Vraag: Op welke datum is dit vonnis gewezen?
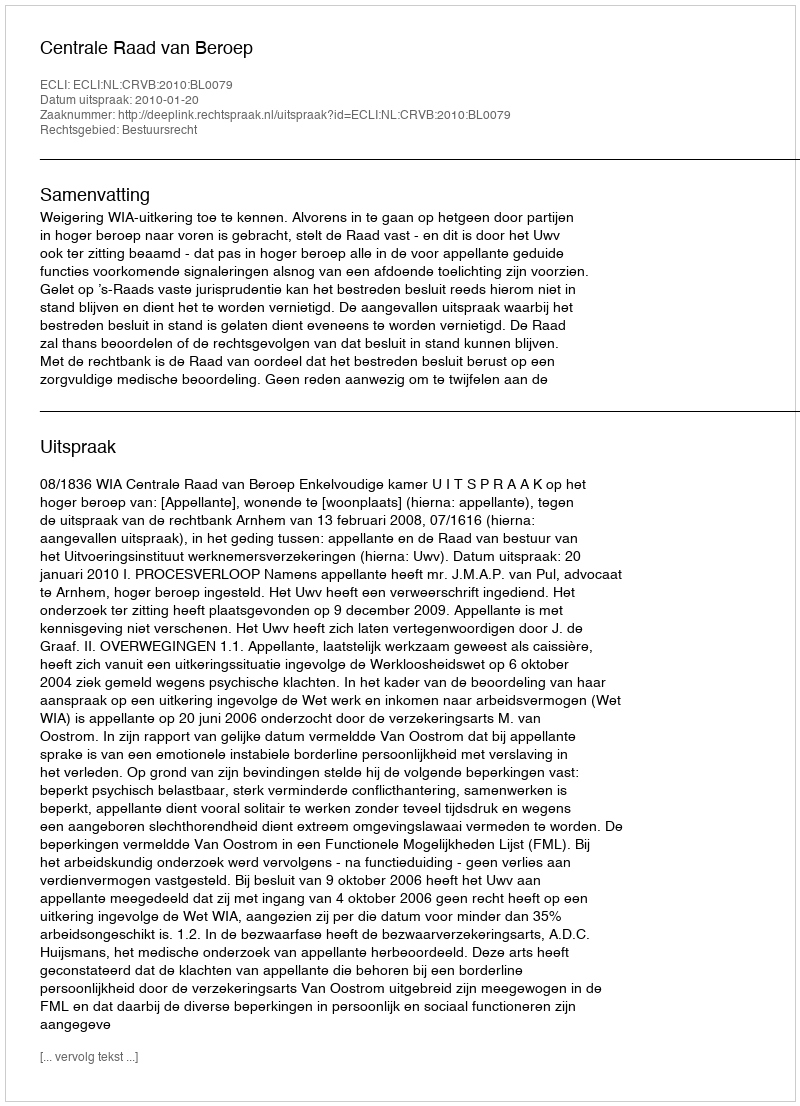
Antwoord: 2010-01-20